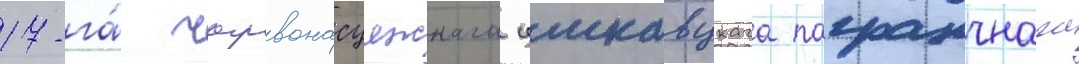
17-га́ чырвонасцяжнага цмкавцкага пагранчнага